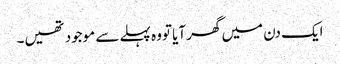
ایک دن میں گھر آیا تووہ پہلے سے موجود تھیں۔